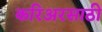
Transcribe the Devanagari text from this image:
करिअरसाठी